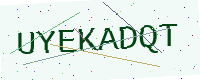
Text: UYEKADQT